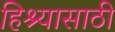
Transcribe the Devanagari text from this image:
हिश्यासाठी